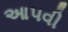
આ૫વી